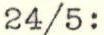
24/5: